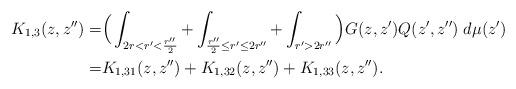
LaTeX: \begin{align*}K_{1,3}(z,z'')=&\Big(\int_{2r<r'<\frac{r''}2}+\int_{\frac{r''}2\leq r'\leq2r''}+\int_{r'>2r''}\Big)G(z,z')Q(z',z'')\;d\mu(z')\\=&K_{1,31}(z,z'')+K_{1,32}(z,z'')+K_{1,33}(z,z'').\end{align*}